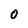
Character: O